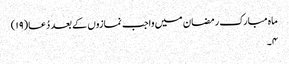
ماہ مبارک رمضان میں واجب نمازوں کے بعد دُعا(۱۹)
۴۔